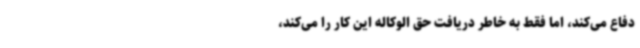
دفاع می‌کند، اما فقط به خاطر دریافت حق الوکاله این کار را می‌کند،